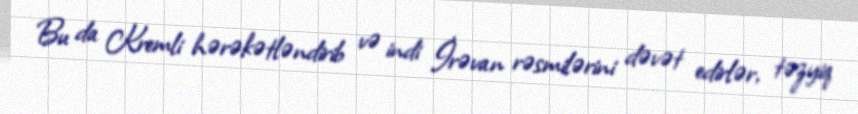
Bu da Kremli hərəkətləndirib və indi İrəvan rəsmilərini dəvət edirlər, təzyiq